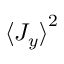
{ \langle J _ { y } \rangle } ^ { 2 }